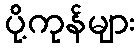
ပို့ကုန်များ